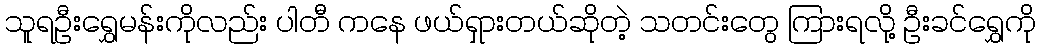
သူရဦးရွှေမန်းကိုလည်း ပါတီ ကနေ ဖယ်ရှားတယ်ဆိုတဲ့ သတင်းတွေ ကြားရလို့ ဦးခင်ရွှေကို